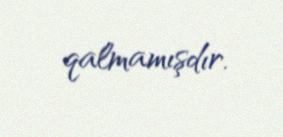
qalmamışdır.